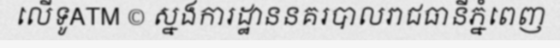
លើទូATM © ស្នងការដ្ឋាននគរបាលរាជធានីភ្នំពេញ